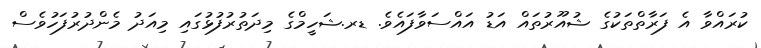
ކުރައްވާ އެ ފަރާތްތަކުގެ ޝުއޫރުތައް އަޑު އައްސަވާފައެވެ. ޑރ.ޝަހީމްގެ މިދަތުރުފުޅުގައި މިއަދު މެންދުރުފަހުވެސް